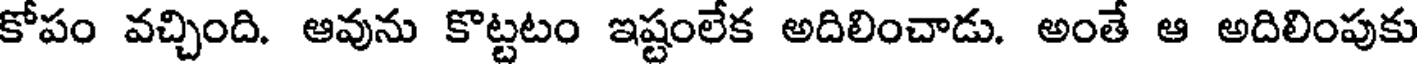
కోపం వచ్చింది. ఆవును కొట్టటం ఇష్టంలేక అదిలించాడు. అంతే ఆ అదిలింపుకు